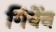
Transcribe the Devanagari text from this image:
गिवेंन